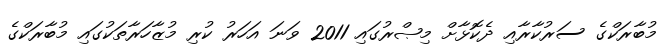
މުބާރަކްގެ ސަރުކާރާއި ދެކޮޅާށް މިޞްރުގައި 2011 ވަނަ އަހަރު ކުރި މުޒާހަރާތަކުގައި މުބާރަކްގެ